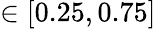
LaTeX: \in[0.25,0.75]